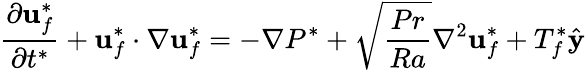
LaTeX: \frac{\partial\mathbf{u}_{f}^{*}}{\partial t^{*}}+\mathbf{u}_{f}^{*}\cdot\nabla\mathbf{u}_{f}^{*}=-\nabla P^{*}+\sqrt{\frac{Pr}{Ra}}\nabla^{2}\mathbf{u}_{f}^{*}+T_{f}^{*}\hat{\mathbf{y}}